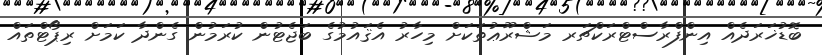
ބޮޑުޚަރަދެއް އިންފްރާސްޓްރަކްޗަރ މަޝްރޫޢުތަކަށް މިހާރު އެޤައުމުގެ ބަޖެޓުން ކުރަމުން ގެންދާ ކަމަށް ރިޕޯޓްތައް